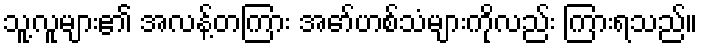
သူ့လူများ၏ အလန့်တကြား အော်ဟစ်သံများကိုလည်း ကြားရသည်။